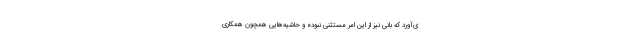
ی‌آورد که بانی نیز از این امر مستثنی نبوده و حاشیه‌هایی همچون همکاری